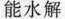
能水解